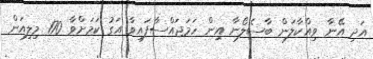
އަދި އޭނާ ވިއްކާލަން ބާސެލޯނާ އިން ހަމަޖައްސާފައިވާ އަގު ކަމަށްވާ 170 މިލިއަން